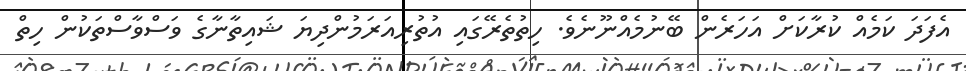
އެފަދަ ކަމެއް ކުރާކަށް އަހަރެން ބޭނުމެއްނޫނެވެ. ހިތުތެރޭގައި އުތުރިއަރަމުންދިޔަ ޝައިތާނާގެ ވަސްވާސްތަކުން ހިތް